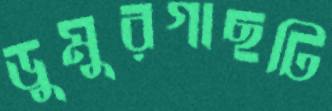
ডুমুরগাছটি